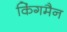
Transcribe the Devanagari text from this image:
किंगमैन